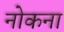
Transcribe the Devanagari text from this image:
नोकना